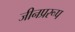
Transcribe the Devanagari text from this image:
जीनप्ररूप